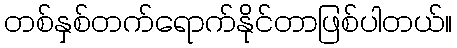
တစ်နှစ်တက်ရောက်နိုင်တာဖြစ်ပါတယ်။